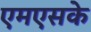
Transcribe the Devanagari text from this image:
एमएसके